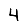
Digit: 4